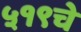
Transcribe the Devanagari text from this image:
५१९चे